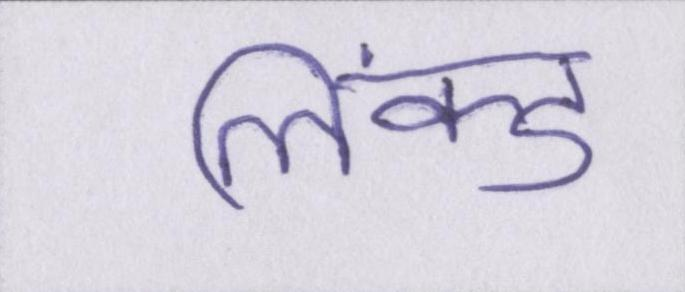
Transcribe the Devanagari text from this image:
लिंक्ड